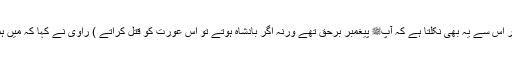
تو آپﷺ نے فرمایا کہ نہیں (یہ آپﷺ کا اس پر رحم تھا اور اس سے یہ بھی نکلتا ہے کہ آپﷺ پیغمبر برحق تھے ورنہ اگر بادشاہ ہوتے تو اس عورت کو قتل کراتے ) راوی نے کہا کہ میں ہمیشہ اس زہر کا اثر آپﷺ کے حلق کے کوے میں پاتا رہا۔